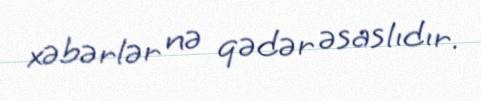
xəbərlər nə qədər əsaslıdır.